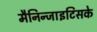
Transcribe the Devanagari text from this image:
मैनिन्जाइटिसके